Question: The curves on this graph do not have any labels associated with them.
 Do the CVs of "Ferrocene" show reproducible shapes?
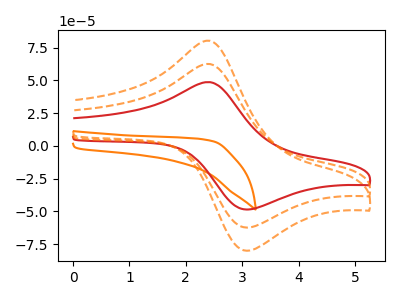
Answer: <think>The orange curve "orange" has no peaks. The orange dashed curve "orange dashed" has an anodic peak at (2.40V, 125.00uA) and a cathodic peak at (3.10V, -124.55uA). The red curve "red" has an anodic peak at (2.40V, 48.70uA) and a cathodic peak at (3.10V, -48.50uA). The orange dashed curve "orange dashed" has an anodic peak at (2.40V, 62.50uA) and a cathodic peak at (3.10V, -62.30uA).
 "orange" and "orange dashed" have a different number of peaks. "orange" and "red" have a different number of peaks. "orange" and "orange dashed" have a different number of peaks. All the peaks in "orange dashed" have a peak in "red" at the same potential. Every peak in "orange dashed" is higher than every peak in "red". All the peaks in "orange dashed" have a peak in "orange dashed" at the same potential. Every peak in "orange dashed" is higher than every peak in "orange dashed". All the peaks in "red" have a peak in "orange dashed" at the same potential. Every peak in "red" is lower than every peak in "orange dashed".</think>
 <answer>All the CV's of "Ferrocene" have similar shape.</answer>
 <eval>follow_rule</eval>